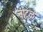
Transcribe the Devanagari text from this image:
वाटुळं